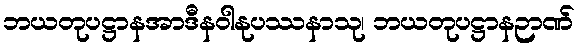
ဘယတုပဋ္ဌာနအာဒီနဝါနုပဿနာသု၊ ဘယတုပဋ္ဌာနဉာဏ်